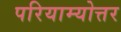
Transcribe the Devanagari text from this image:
परियाम्योत्तर